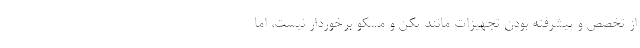
از تخصص و پیشرفته بودن تجهیزات مانند پکن و مسکو برخوردار نیست، اما